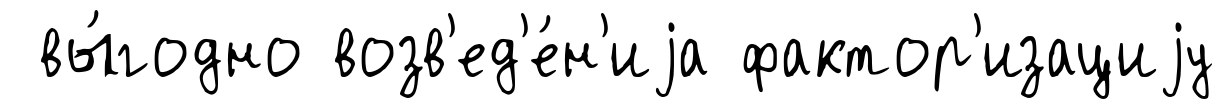
вы́годно возв'ед'е́н'иjа фактор'изациjу